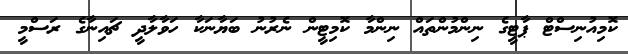
ކޮމިއުނިސްޓް ޕާޓީގެ ނިންމުންތައް ނިންމާ ކޮމިޓީން ނެރުނު ބަޔާނަކާ ހަވާލާދީ ޗައިނާގެ ރަސްމީ